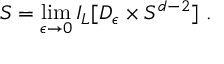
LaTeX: S = \operatorname * { l i m } _ { \epsilon \rightarrow 0 } I _ { L } [ D _ { \epsilon } \times { \cal S } ^ { d - 2 } ] \ .